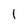
Character: 1